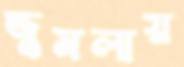
জুমলায়